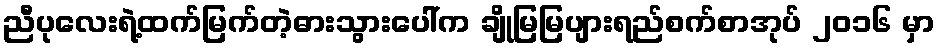
ညီပုလေးရဲ့ထက်မြက်တဲ့ဓားသွားပေါ်က ချိုမြမြပျားရည်စက်စာအုပ် ၂၀၁၆ မှာ